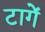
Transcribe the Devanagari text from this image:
टागें